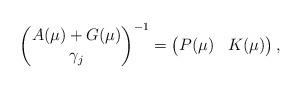
LaTeX: \begin{align*} \begin{pmatrix}A(\mu)+G(\mu) \\ \gamma_j\end{pmatrix}^{-1}= \begin{pmatrix}P(\mu) & K(\mu)\end{pmatrix},\end{align*}